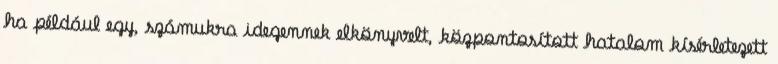
ha például egy, számukra idegennek elkönyvelt, központosított hatalom kísérletezett